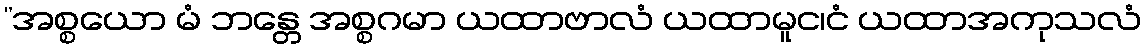
”အစ္စယော မံ ဘန္တေ အစ္စဂမာ ယထာဗာလံ ယထာမူင၊ငံ ယထာအကုသလံ